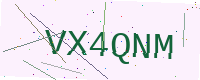
Text: VX4QNM